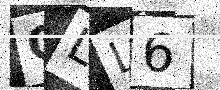
Text: QLL6